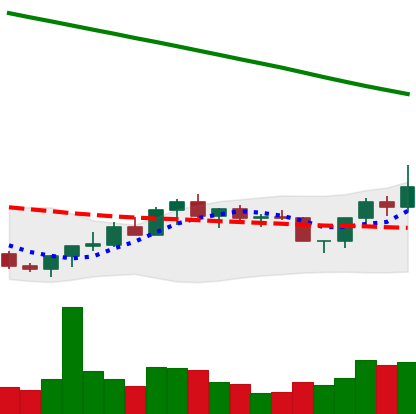
Ticker: XRP-USD
Chart end date: 2022-07-30
Forward return: -4.233%
Label: down_3_5